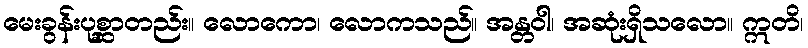
မေးခွန်းပုစ္ဆာတည်း။ လောကော၊ လောကသည်။ အန္တဝါ၊ အဆုံးရှိသလော။ ဣတိ၊